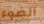
الضوء